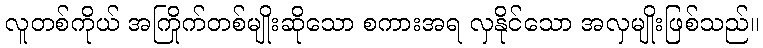
လူတစ်ကိုယ် အကြိုက်တစ်မျိုးဆိုသော စကားအရ လှနိုင်သော အလှမျိုးဖြစ်သည်။